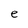
Character: e